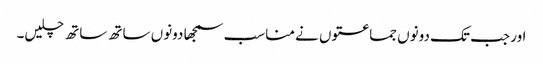
اور جب تک دونوں جماعتوں نے مناسب سمجھا دونوں ساتھ ساتھ چلیں۔